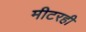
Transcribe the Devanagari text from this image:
मीटरही